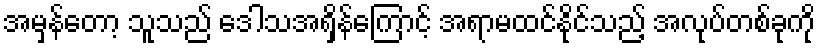
အမှန်တော့ သူသည် ဒေါသအရှိန်ကြောင့် အရာမထင်နိုင်သည့် အလုပ်တစ်ခုကို